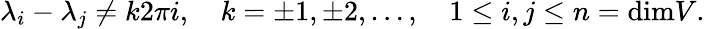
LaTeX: \lambda_{i}-\lambda_{j}\neq k2\pi i,\quad k=\pm 1,\pm 2,\ldots,\quad 1\leq i,j\leq n=\mathrm{dim}V.